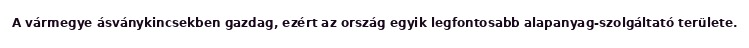
A vármegye ásványkincsekben gazdag, ezért az ország egyik legfontosabb alapanyag-szolgáltató területe.